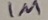
Text: 1M